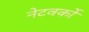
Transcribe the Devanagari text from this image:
नेटवर्को